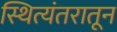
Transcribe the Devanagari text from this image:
स्थित्यंतरातून